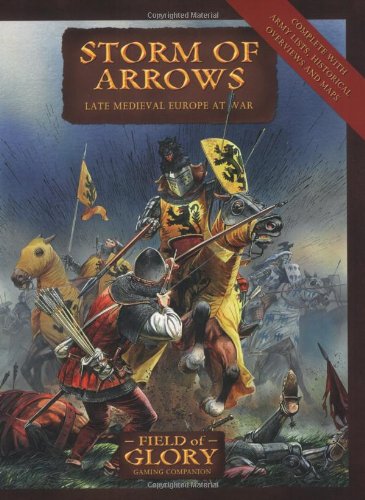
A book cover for Storm of Arrows: Field of Glory late Medieval Army List; Richard Bodley-Scott; Science Fiction & Fantasy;